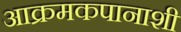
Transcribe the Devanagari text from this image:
आक्रमकपानाशी